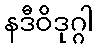
နဒီဝိဒုဂ္ဂါ